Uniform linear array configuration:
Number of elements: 8
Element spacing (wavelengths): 1
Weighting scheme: exponential
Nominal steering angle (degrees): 30
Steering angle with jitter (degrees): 30.443
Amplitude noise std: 0.05
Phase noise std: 0.05

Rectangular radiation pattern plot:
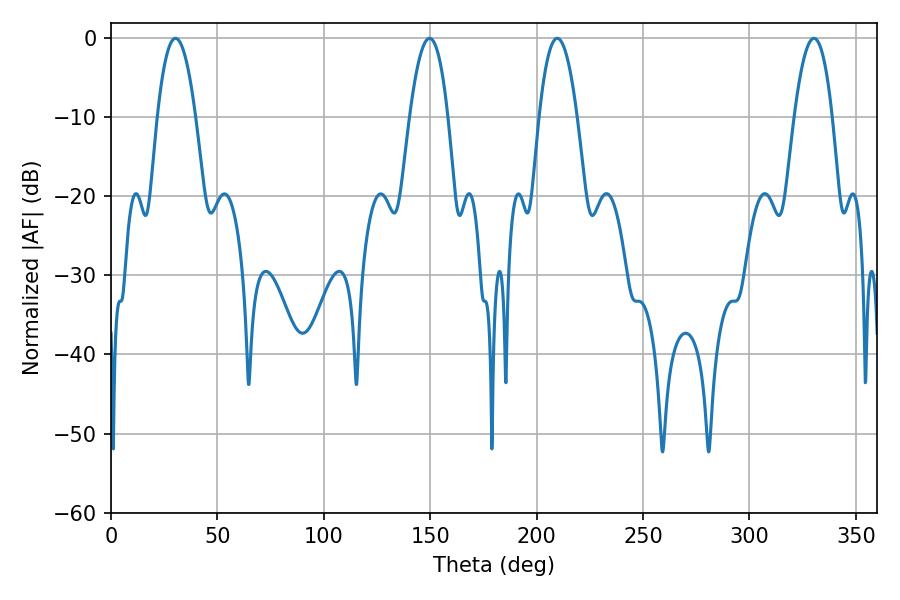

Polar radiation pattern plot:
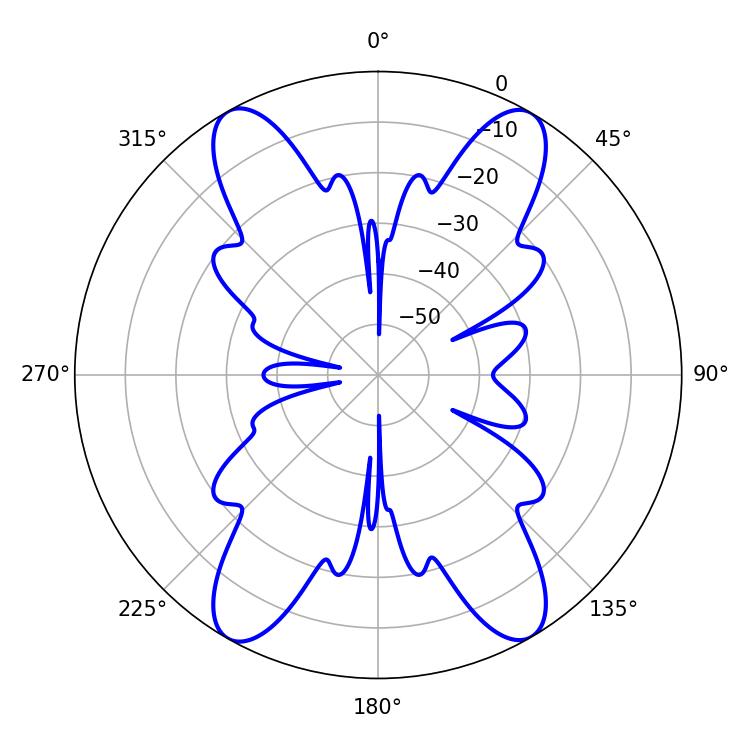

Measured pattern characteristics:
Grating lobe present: TRUE
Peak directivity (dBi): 25.986
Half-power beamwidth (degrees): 9.9
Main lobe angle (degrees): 209.7